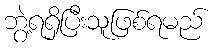
ဘွဲ့ရရှိပြီးသူဖြစ်ရမည်